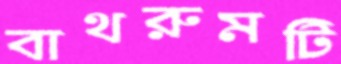
বাথরুমটি